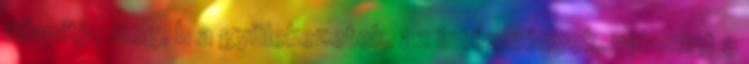
állapítja meg, b a gyülekezetek, az intézmények, valamint a